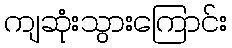
ကျဆုံးသွားကြောင်း